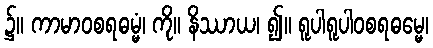
၌။ ကာမာဝစရဓမ္မံ၊ ကို။ နိဿာယ၊ ၍။ ရူပါရူပါဝစရဓမ္မေ၊